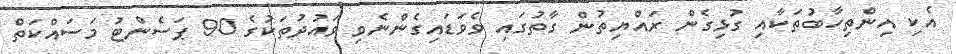
އެކި އިންތިހާބުތަކާއި ގުޅިގެން ރައްޔިތުން ގާތުގައި ވެވަޑައިގެންނެވި ވައުދުތަކުގެ 90 ޕަސެންޓު މަސައްކަތް